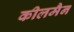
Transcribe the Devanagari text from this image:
कीलमैन